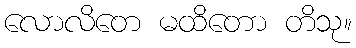
လောလိတေ မထိတော တိသု။